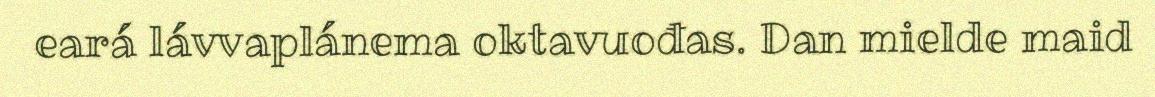
eará lávvaplánema oktavuođas. Dan mielde maid